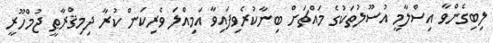
ލިބިގެންވާ އިސްލާމީ އުސޫލުތަކުގެ މައްޗަށް ބިނާކުރެވިފައިވާ އަމިއްލަ ވެރިކަން ކުރާ ދިމިޤްރާޠީ ޖުމްހޫރީ